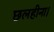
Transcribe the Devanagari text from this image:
छलहीना।